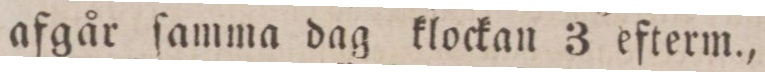
afgår ſamma dag klockan 3 efterm.,